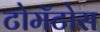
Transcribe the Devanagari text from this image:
टोमॅटोस